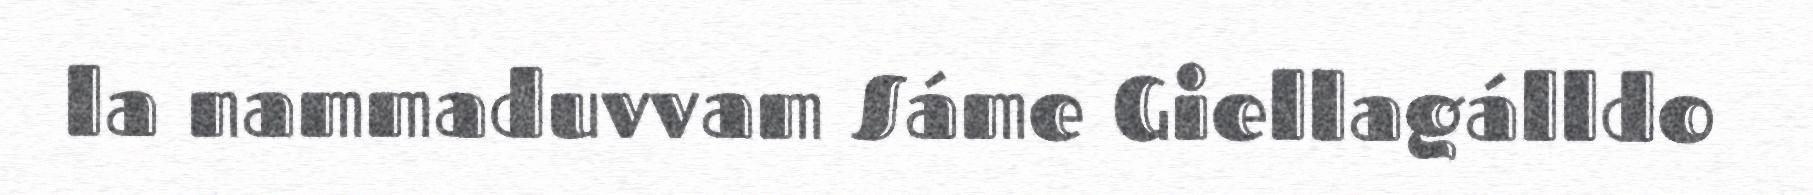
la nammaduvvam Sáme Giellagálldo